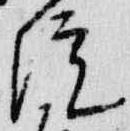
院